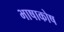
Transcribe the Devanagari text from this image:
भाषाकोष